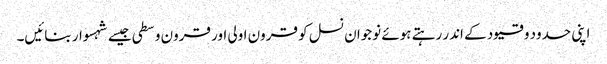
اپنی حدود و قیود کے اندر رہتے ہوئے نوجوان نسل کو قرون اولی اور قرون وسطی جیسے شہسوار بنائیں۔